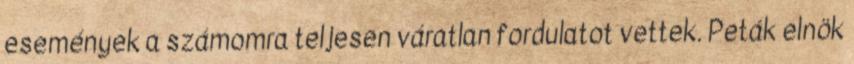
események a számomra teljesen váratlan fordulatot vettek. Peták elnök